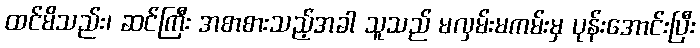
ထင်မိသည်း၊ ဆင်ကြီး အစာစားသည့်အခါ သူသည် မလှမ်းမကမ်းမှ ပုန်းအောင်းပြီး